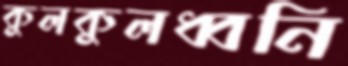
কুলকুলধ্বনি